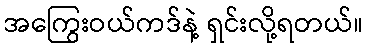
အကြွေးဝယ်ကဒ်နဲ့ ရှင်းလို့ရတယ်။